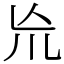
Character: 㠩